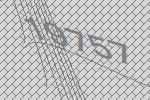
19757